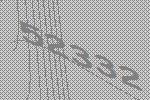
52332